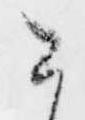
今